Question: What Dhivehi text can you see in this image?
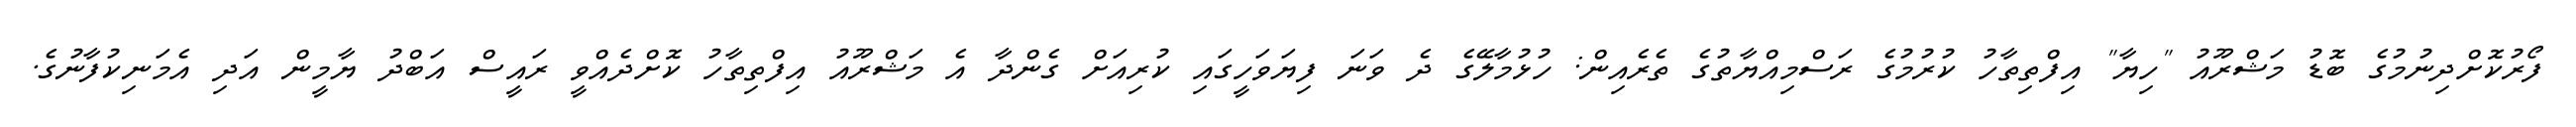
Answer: ފޯރުކޮށްދިނުމުގެ ބޮޑު މަޝްރޫއު "ހިޔާ" އިފްތިތާހު ކުރުމުގެ ރަސްމިއްޔާތުގެ ތެރެއިން: ހުޅުމާލޭގެ ދެ ވަނަ ފިޔަވަހީގައި ކުރިއަށް ގެންދާ އެ މަޝްރޫއު އިފްތިތާހު ކޮށްދެއްވީ ރައީސް އަބްދު ޔާމީން އަދި އެމަނިކުފާނުގެ.